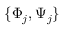
\{ \Phi _ { j } , \Psi _ { j } \}